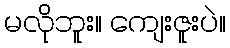
မလိုဘူး။ ကျေးဇူးပဲ။